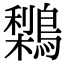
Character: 𪅌